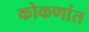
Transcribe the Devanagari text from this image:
कोकणांत